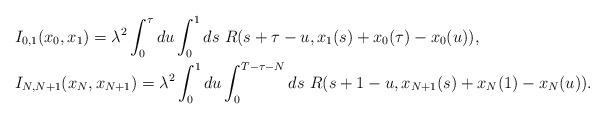
LaTeX: \begin{align*}\begin{aligned}&I_{0,1}(x_0,x_1)=\lambda^2\int_0^\tau du \int_{0}^{1}ds \ R(s+\tau-u,x_1(s)+x_0(\tau)-x_0(u)),\\&I_{N,N+1}(x_N,x_{N+1})=\lambda^2\int_0^1 du\int_0^{T-\tau-N}ds \ R(s+1-u,x_{N+1}(s)+x_N(1)-x_N(u)).\end{aligned}\end{align*}